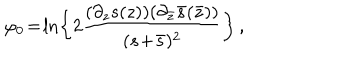
LaTeX: \varphi _ { 0 } \! = \! \ln \left\{ 2 \frac { ( \partial _ { z } s ( z ) ) ( \partial _ { \bar { z } } \bar { s } ( \bar { z } ) ) } { ( s \! + \! \bar { s } ) ^ { 2 } } \right\} \, ,